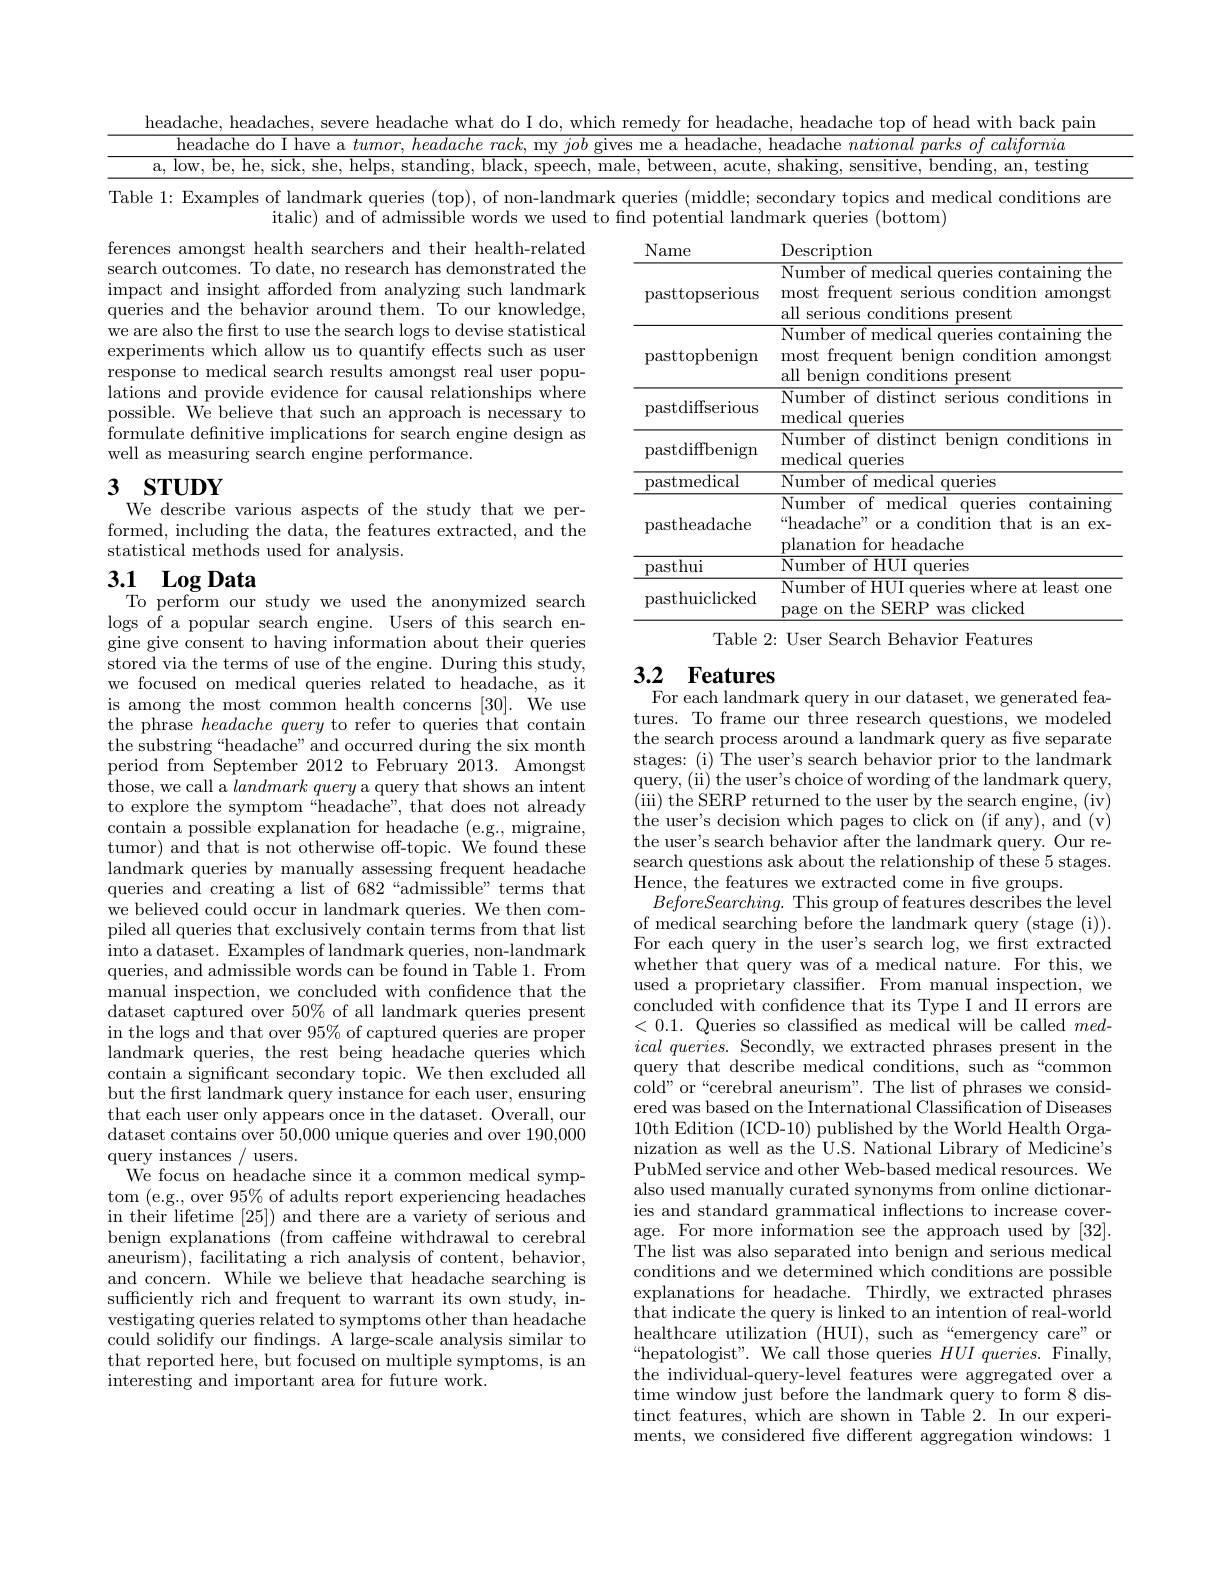
headache, headaches, severe headache what do I do, which remedy for headache, headache top of head with back pain
headache do I have a $tumor, headache\textit{rack, my }job$ gives me a headache, headache national parks of california
$\overline{\mathrm{a,~low,~be,~he,~sick,~she,~helps,~standing,~black,~speech,~male,~between,~acute,~shaking,~sensitive,~bending,~an,~testing}}$

Table 1: Examples of landmark queries (top), of non-landmark queries (middle; secondary topics and medical conditions are

ferences amongst health searchers and their health-related search outcomes. To date, no research has demonstrated the impact and insight afforded from analyzing such landmark queries and the behavior around them. To our knowledge, we are also the first to use the search logs to devise statistical experiments which allow us to quantify effects such as user response to medical search results amongst real user populations and provide evidence for causal relationships where possible. We believe that such an approach is necessary to formulate defnitive implications for search engine design as well as measuring search engine performance.

italic) and of admissible words we used to find potential landmark queries (bottom)
<table>
	<tbody>
		<tr>
			<th>Name</th>
			<th>Description</th>
		</tr>
		<tr>
			<td>pasttopserious</td>
			<td>Number of medical queries containing the most frequent serious condition amongst all serious conditions present</td>
		</tr>
		<tr>
			<td>pasttopbenign</td>
			<td>Number of medical queries containing the most frequent benign condition amongst all benign conditions present</td>
		</tr>
		<tr>
			<td>pastdiffserious</td>
			<td>Number of distinct serious conditions im medical queries</td>
		</tr>
		<tr>
			<td>pastdiffbenign</td>
			<td>Number of distinct benign conditions im ${\mathrm{medical~queries}}$</td>
		</tr>
		<tr>
			<td>pastmedical</td>
			<td>Number of medical queries</td>
		</tr>
		<tr>
			<td>pastheadache</td>
			<td>Number of medical queries containing “headache” or a condition that is an ex- planation for headache</td>
		</tr>
		<tr>
			<td>pasthui</td>
			<td>Number of HUI queries</td>
		</tr>
		<tr>
			<td>pasthuiclicked</td>
			<td>Number of HUI queries where at least one page on the SERP was clicked</td>
		</tr>
	</tbody>
</table>
Table 2: User Search Behavior Features

# 3 STUDY We describe various aspects of the study that we per-

formed, including the data, the features extracted, and the
statistical methods used for analysis.

# 3.1 $\mathbf{LogData}$ To perform our study we used the anonymized search

# 3.2 Features For each landmark query in our dataset, we generated fea-

logs of a popular search engine. Users of this search engine give consent to having information about their queries stored via the terms of use of the engine. During this study, we focused on medical queries related to headache, as it is among the most common health concerns [30]. We use the phrase headachequery to refer to queries that contain the substring“headache” and occurred during the six month period from September 2012 to February $\bar{2013}.$ Amongst those, we call a landmark query a query that shows an intent to explore the symptom“headache”, that does not already contain a possible explanation for headache (e.g., migraine, tumor) and that is not otherwise off-topic. We found these landmark queries by manually assessing frequent headache queries and creating a list of 682“admissible”terms that we believed could occur in landmark queries. We then compiled all queries that exclusively contain terms from that list into a dataset. Examples of landmark queries, non-landmark queries, and admissible words can be found in Table 1. From manual inspection, we concluded with confidence that the dataset captured over $50\%$ of all landmark queries present in the logs and that over 95% of captured queries are proper landmark queries, the rest being headache queries which contain a significant secondary topic. We then excluded all but the frst landmark query instance for each user, ensuring that each user only appears once in the dataset. Overall, our dataset contains over 50,000 unique queries and over 190,000 $\mathop{\mathrm{query~instances~/~users.}}$
We focus on headache since it a common medical symptom ( e. g. , over 95$\%$ of adults report experiencing headaches in their lifetime [25]) and there are a variety of serious and benign explanations (from caffeine withdrawal to cerebral $\bar{\text{aneurism}})$, facilitating a rich analysis of content, behavior, and concern. While we believe that headache searching is sufficiently rich and frequent to warrant its own study, investigating queries related to symptoms other than headache could solidify our fndings. A large-scale analysis similar to that reported here, but focused on multiple symptoms, is an interesting and important area for future work.

tures. To frame our three research questions, we modeled the search process around a landmark query as five separate stages: (i) The user's search behavior prior to the landmark query, ( ii) the use$r^{\prime }$s choice of wording of the landmark query, ( iii) the SERP returned to the user by the search engine, ( iv) the user's decision which pages to click on (if any), and (v) the user's search behavior after the landmark query. Our research questions ask about the relationship of these 5 stages. Hence, the features we extracted come in five groups.
$BeforeSearching.$ This group of features describes the level of medical searching before the landmark query (stage (i)). For each query in the user's search log, we frst extracted whether that query was of a medical nature. For this, we used a proprietary classifier. From manual inspection, we concluded with confidence that its Type I and II errors are <0.1. Queries so classified as medical will be called $med-$ $ical\textit{queries. Secondly, we extracted phrases present in the}$ query that describe medical conditions, such as“common cold" or“cerebral aneurism”. The list of phrases we considered was based on the International Classification of Diseases 10th Edition (ICD-10) published by the World Health Organization as well as the U.S. National Library of Medicine's PubMed service and other Web-based medical resources. We also used manually curated synonyms from online dictionaries and standard grammatical inflections to increase coverage. For more information see the approach used by [32]. The list was also separated into benign and serious medical conditions and we determined which conditions are possible explanations for headache. Thirdly, we extracted phrases that indicate the query is linked to an intention of real-world healthcare utilization (HUI),such as“emergency care”or “hepatologist”. We call those queries $HUIqueries.$ Finally, the individual-query-level features were aggregated over a time window just before the landmark query to form 8 distinct features, which are shown in Table 2. In our experiments, we considered fve different aggregation windows: 1